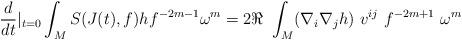
LaTeX: \begin{align*}\frac{d}{dt}|_{t=0} \int_M S(J(t),f) h f^{-2m-1}\omega^m = 2 \Re\ \int_M (\nabla_i\nabla_j h)\ v^{ij}\ f^{-2m+1}\ \omega^m\end{align*}